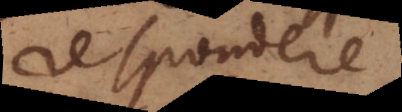
respondere